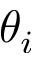
\theta _ { i }